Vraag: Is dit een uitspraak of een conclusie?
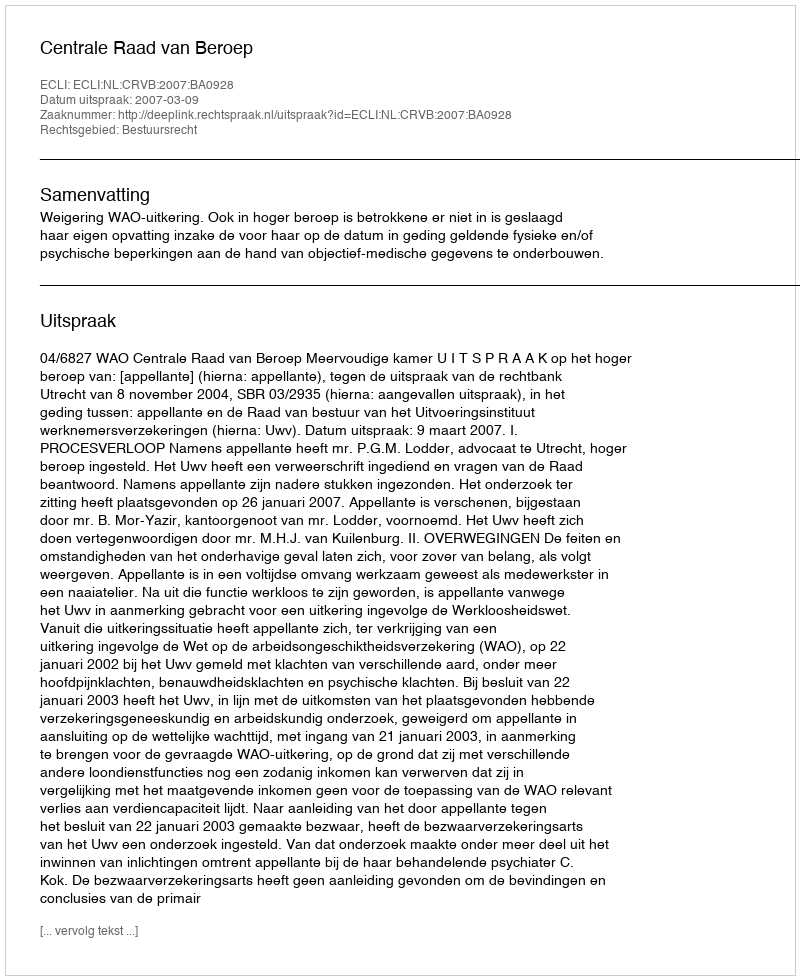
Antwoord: Uitspraak